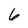
Character: 6